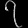
Digit: ၇